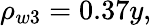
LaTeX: \rho_{w3}=0.37y,